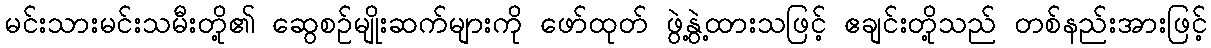
မင်းသားမင်းသမီးတို့၏ ဆွေစဉ်မျိုးဆက်များကို ဖော်ထုတ် ဖွဲ့နွဲ့ထားသဖြင့် ဧချင်းတို့သည် တစ်နည်းအားဖြင့်